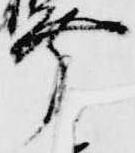
幸